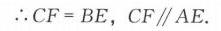
\(\therefore CF = BE,\ CF\parallel AE.\)